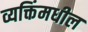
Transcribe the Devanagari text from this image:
व्यक्तिंमधील